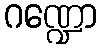
ဂဏ္ဍော